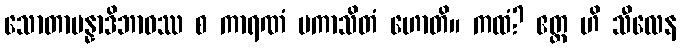
သောတာပန္နာဒိဘာဝဿ စ ကာရဏံ ပကာသိတံ ဟောတိ။ ကထံ? ဧတ္ထ ဟိ သီလေန